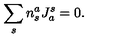
\sum _ { s } n _ { s } ^ { a } J _ { a } ^ { s } = 0 .